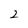
Character: 2